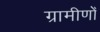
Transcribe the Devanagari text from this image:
ग्रामीणोँ